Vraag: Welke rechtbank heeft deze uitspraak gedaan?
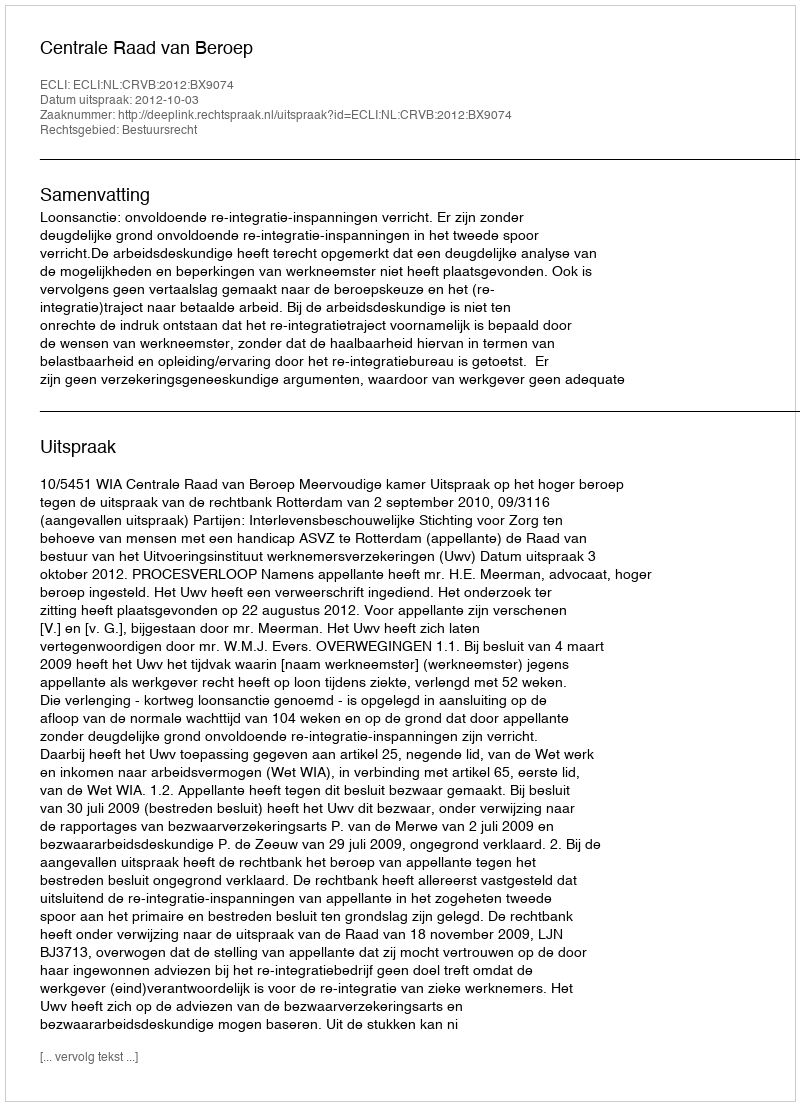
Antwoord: Centrale Raad van Beroep